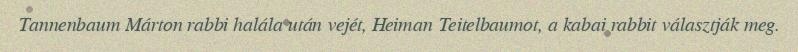
Tannenbaum Márton rabbi halála után vejét, Heiman Teitelbaumot, a kabai rabbit választják meg.